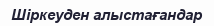
Шіркеуден алыстағандар